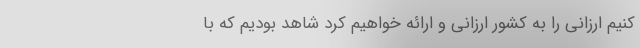
کنیم ارزانی را به کشور ارزانی و ارائه خواهیم کرد شاهد بودیم که با